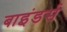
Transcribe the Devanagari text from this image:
बाइंडर्स